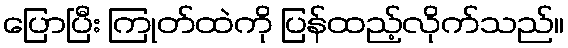
ပြောပြီး ကြုတ်ထဲကို ပြန်ထည့်လိုက်သည်။